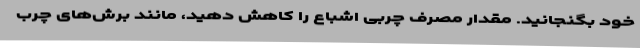
خود بگنجانید. مقدار مصرف چربی اشباع را کاهش دهید، مانند برش‌های چرب